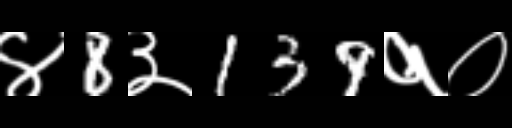
Text: ४8३139१०